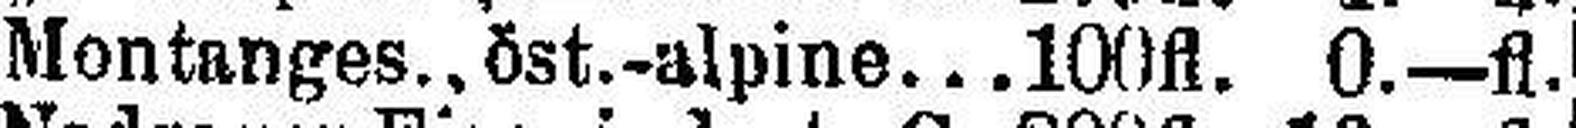
Montanges., öst.-alpine 10fl. 0.—fl.